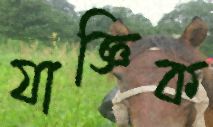
যাজ্ঞিক